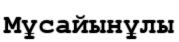
Мұсайынұлы